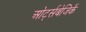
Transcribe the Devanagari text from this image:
ओर्ट्सबेजिर्के